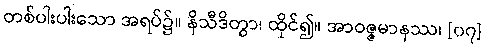
တစ်ပါးပါးသော အရပ်၌။ နိသီဒိတွာ၊ ထိုင်၍။ အာဝဇ္ဇမာနဿ၊ [၀၇]